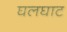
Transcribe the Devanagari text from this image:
घलघाट